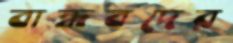
বান্ধবদের